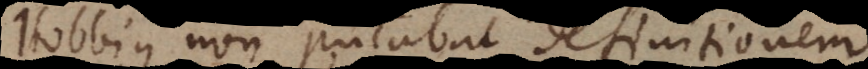
Hobbius non putabat definitionem